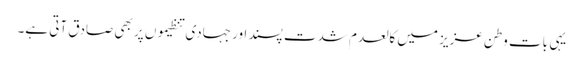
یہی بات وطن عزیز میں کالعدم شدت پسند اور جہادی تنظیموں پر بھی صادق آتی ہے۔